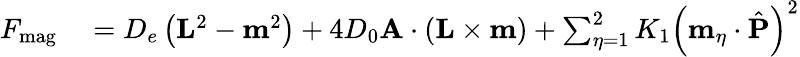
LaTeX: \begin{array}{rl}{F_{\mathrm{mag}}}&{{}=D_{e}\left(\mathbf{L}^{2}-\mathbf{m}^{2}\right)+4D_{0}\textbf{A}\cdot\left(\textbf{L}\times\textbf{m}\right)+\sum_{\eta=1}^{2}K_{1}\left(\textbf{m}_{\eta}\cdot\hat{\textbf{P}}\right)^{2}}\end{array}